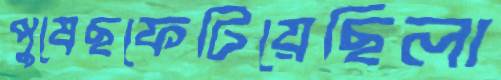
পুষেছফেটিয়েছিলা